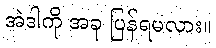
အဲဒါကို အခု ပြန်ရမလား။